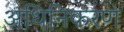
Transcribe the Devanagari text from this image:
अधिनिकरण